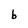
Character: b